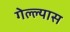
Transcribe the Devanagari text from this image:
गेल्ल्यास